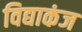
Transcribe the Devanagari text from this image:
विद्याकंज